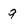
Character: 9